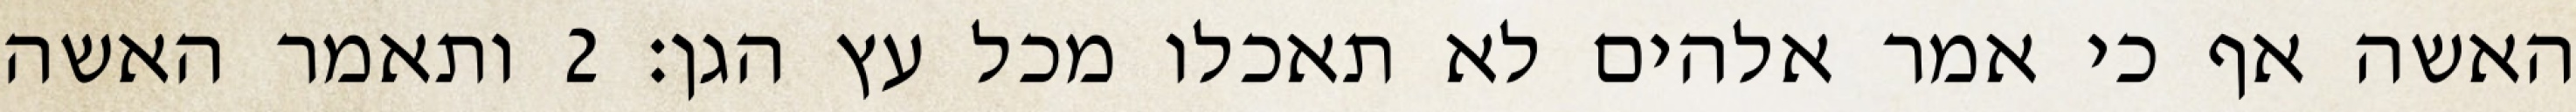
האשה אף כי אמר אלהים לא תאכלו מכל עץ הגן׃ ‎2‏ ותאמר האשה